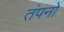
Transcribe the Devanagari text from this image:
तंपनों